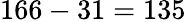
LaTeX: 166-31=135